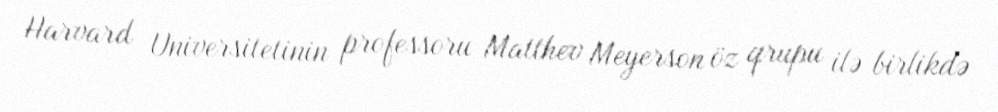
Harvard Universitetinin professoru Matthev Meyerson öz qrupu ilə birlikdə